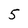
Character: 5